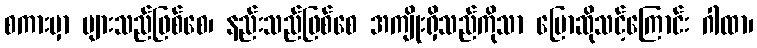
စကားမှာ များသည်ဖြစ်စေ၊ နည်းသည်ဖြစ်စေ အကျိုးရှိသည်ကိုသာ ပြောဆိုသင့်ကြောင်း ဂါထာ၊